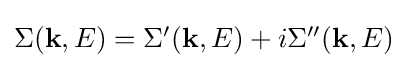
{\textstyle \Sigma (\mathbf {k} ,E)=\Sigma '(\mathbf {k} ,E)+i\Sigma ''(\mathbf {k} ,E)}